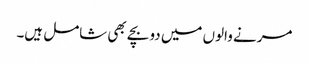
مرنے والوں میں دو بچے بھی شامل ہیں۔